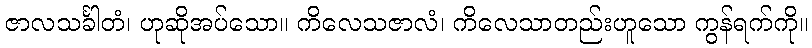
ဇာလသင်္ခါတံ၊ ဟုဆိုအပ်သော။ ကိလေသဇာလံ၊ ကိလေသာတည်းဟူသော ကွန်ရက်ကို။